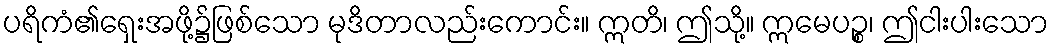
ပရိကံ၏ရှေးအဖို့၌ဖြစ်သော မုဒိတာလည်းကောင်း။ ဣတိ၊ ဤသို့။ ဣမေပဉ္စ၊ ဤငါးပါးသော